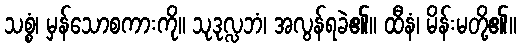
သစ္စံ၊ မှန်သောစကားကို။ သုဒုလ္လဘံ၊ အလွန်ရခဲ၏။ ထီနံ၊ မိန်းမတို့၏။